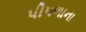
પીપળાના